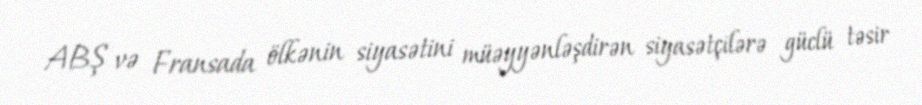
ABŞ və Fransada ölkənin siyasətini müəyyənləşdirən siyasətçilərə güclü təsir